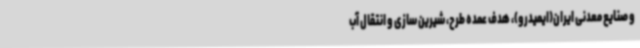
و صنایع معدنی ایران(ایمیدرو)، هدف عمده طرح، شیرین ‌سازی و انتقال آب